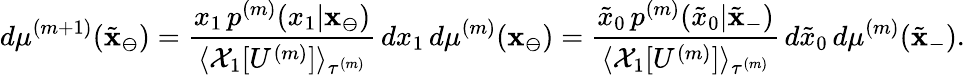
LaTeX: d\mu^{(m+1)}(\tilde{\mathbf{x}}_{\ominus})=\frac{x_{1}\, p^{(m)}(x_{1}|\mathbf{x}_{\ominus})}{\langle\mathcal{X}_{1}[U^{(m)}]\rangle_{\tau^{(m)}}}\, dx_{1}\, d\mu^{(m)}(\mathbf{x}_{\ominus})=\frac{\tilde{x}_{0}\, p^{(m)}(\tilde{x}_{0}|\tilde{\mathbf{x}}_{-})}{\langle\mathcal{X}_{1}[U^{(m)}]\rangle_{\tau^{(m)}}}\, d\tilde{x}_{0}\, d\mu^{(m)}(\tilde{\mathbf{x}}_{-}).